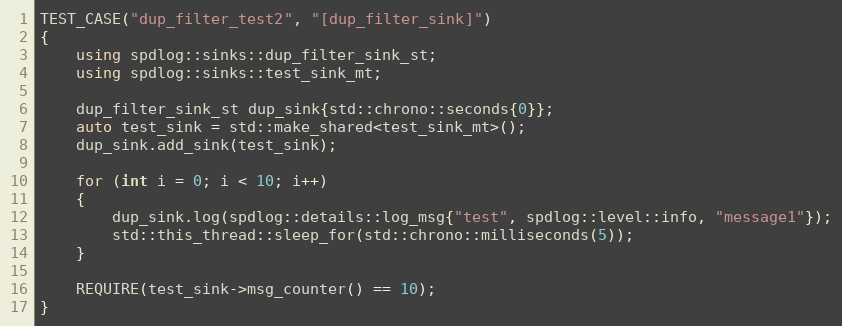
Language: C++
TEST_CASE("dup_filter_test2", "[dup_filter_sink]")
{
    using spdlog::sinks::dup_filter_sink_st;
    using spdlog::sinks::test_sink_mt;

    dup_filter_sink_st dup_sink{std::chrono::seconds{0}};
    auto test_sink = std::make_shared<test_sink_mt>();
    dup_sink.add_sink(test_sink);

    for (int i = 0; i < 10; i++)
    {
        dup_sink.log(spdlog::details::log_msg{"test", spdlog::level::info, "message1"});
        std::this_thread::sleep_for(std::chrono::milliseconds(5));
    }

    REQUIRE(test_sink->msg_counter() == 10);
}